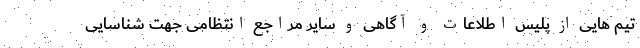
تیم هایی از پلیس اطلاعات و آگاهی و سایر مراجع انتظامی جهت شناسایی